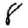
Digit: 8